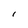
Character: I